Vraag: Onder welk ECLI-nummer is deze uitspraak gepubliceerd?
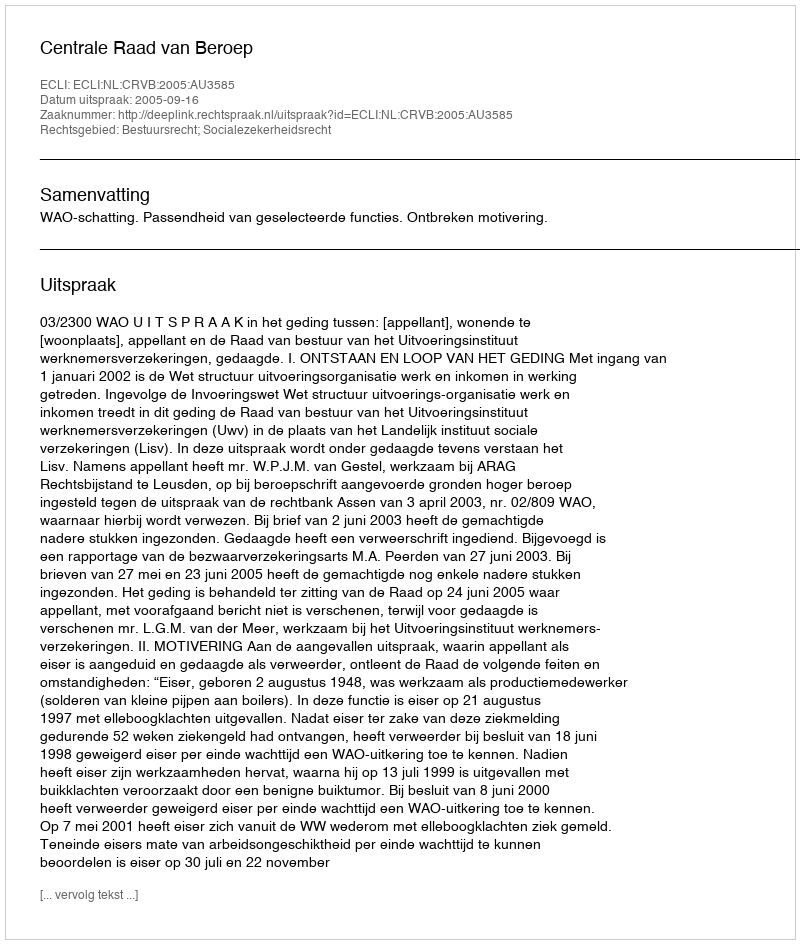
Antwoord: ECLI:NL:CRVB:2005:AU3585